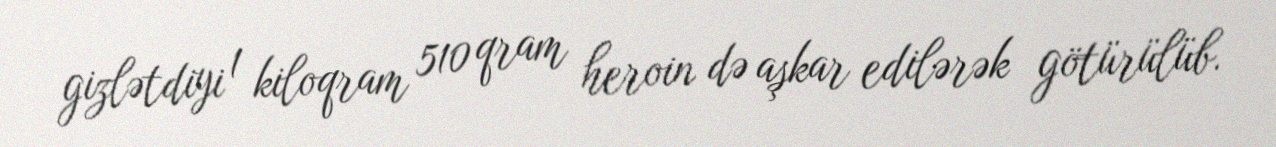
gizlətdiyi 1 kiloqram 510 qram heroin də aşkar edilərək götürülüb.